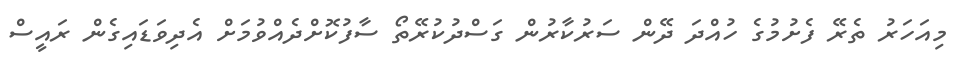
މިއަހަރު ތެރޭ ފެށުމުގެ ހުއްދަ ދޭން ސަރުކާރުން ގަސްދުކުރޭތޯ ސާފުކޮށްދެއްވުމަށް އެދިވަޑައިގެން ރައީސް